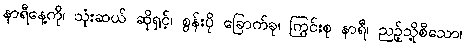
နာရီနေ့ကို၊ သုံးဆယ် ဆိုရှင့်၊ စွန်းပို ခြောက်ခု၊ ကြွင်းစု နာရီ၊ ညဉ့်သို့စီသော၊